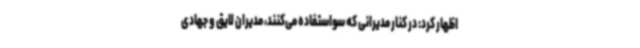
اظهار کرد: در کنار مدیرانی که سواستفاده می‌کنند، مدیران لایق و جهادی